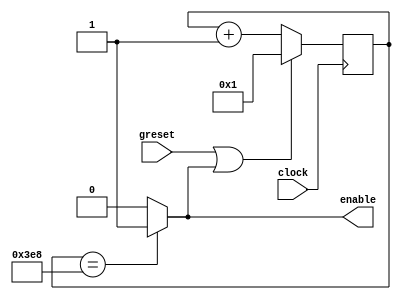
module clkEnable_gen
	#(parameter DES_CLOCK = 1000,
	parameter SYS_CLOCK = 5000000) 
	(
    output reg enable,
    input clock,
	 input greset
    );
	 
	 reg [31:0]count;
	 reg lreset;
	 wire rst;
	 initial count =31'b1;
	 initial lreset = 1;
	 initial enable = 0;
	 
	 assign rst = greset | lreset;
	 always @(posedge clock)
	 begin
		if(rst)
			count <= 1;
		else
			count <= count+1;
	 end
	 
	 always @*
	 begin
		if(count==DES_CLOCK)
		begin
			enable = 1;
			lreset = 1;
		end
		else
		begin
			enable = 0;
			lreset =0;
		end
	 end
	 

endmodule